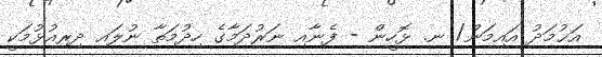
އަޙުމަދު އައިމަން/ ނ. ޅޮހީން - ފެނާއި ނަރުދަމާގެ ހިދުމަތާ ނުލައި ދިރިއުޅުމަކީ